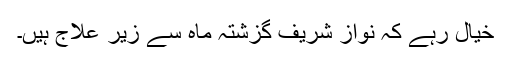
خیال رہے کہ نواز شریف گزشتہ ماہ سے زیر علاج ہیں۔